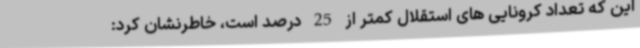
این که تعداد کرونایی های استقلال کمتر از 25 درصد است، خاطرنشان کرد: